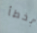
بخطأ